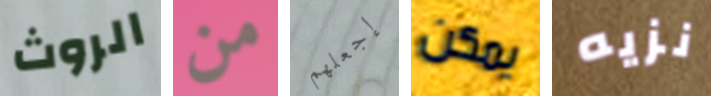
الروث من إجعلهم يمكن نزيه